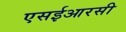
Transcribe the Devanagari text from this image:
एसईआरसी